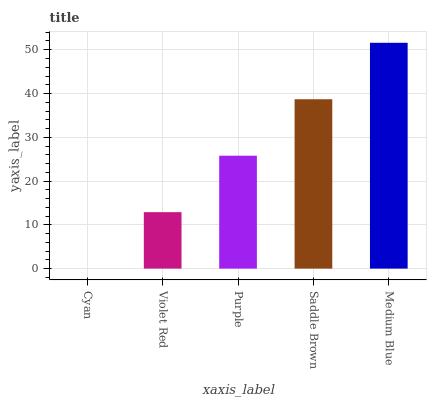
| xaxis_label | bars |
 | --- | --- |
 | Cyan | 0 |
 | Violet Red | 12.9 |
 | Purple | 25.8 |
 | Saddle Brown | 38.7 |
 | Medium Blue | 51.6 |